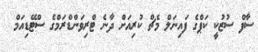
ސާފް ސުޒުކީ ކަޕްގެ ފައިނަލް މެޗް ކުރިއަށް ދާނެ ޓްރިވަންޑްރަމްގެ ސްޓޭޑިއަމް